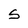
Character: S